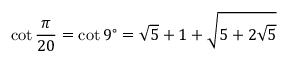
\cot { \frac { \pi } { 2 0 } } = \cot 9 ^ { \circ } = { \sqrt { 5 } } + 1 + { \sqrt { 5 + 2 { \sqrt { 5 } } } }